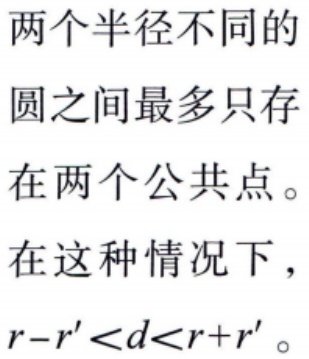
两个半径不同的
圆之间最多只存
在两个公共点。
在这种情况下，
\(r - r' < d < r + r'\)。